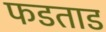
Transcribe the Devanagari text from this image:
फडताड